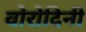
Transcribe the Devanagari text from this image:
वोरोदिनी